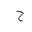
Letter: _ha